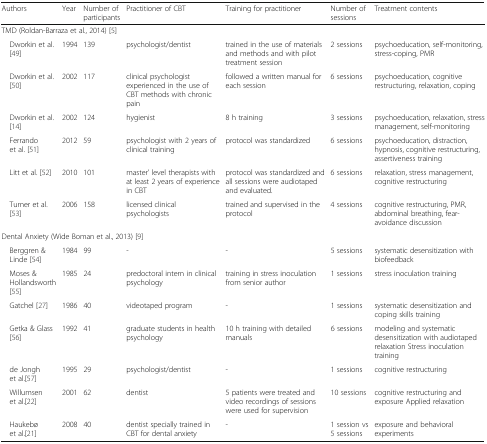
<table><thead><tr><td><b>Authors</b></td><td><b>Year</b></td><td><b>Number of participants</b></td><td><b>Practitioner of CBT</b></td><td><b>Training for practitioner</b></td><td><b>Number of sessions</b></td><td><b>Treatment contents</b></td></tr></thead><tbody><tr><td colspan="7">TMD (Roldan-Barraza et al., 2014) [5]</td></tr><tr><td> Dworkin et al. [49]</td><td>1994</td><td>139</td><td>psychologist/dentist</td><td>trained in the use of materials and methods and with pilot treatment session</td><td>2 sessions</td><td>psychoeducation, self-monitoring, stress-coping, PMR</td></tr><tr><td> Dworkin et al. [50]</td><td>2002</td><td>117</td><td>clinical psychologist experienced in the use of CBT methods with chronic pain</td><td>followed a written manual for each session</td><td>6 sessions</td><td>psychoeducation, cognitive restructuring, relaxation, coping</td></tr><tr><td> Dworkin et al. [14]</td><td>2002</td><td>124</td><td>hygienist</td><td>8 h training</td><td>3 sessions</td><td>psychoeducation, relaxation, stress management, self-monitoring</td></tr><tr><td> Ferrando et al. [51]</td><td>2012</td><td>59</td><td>psychologist with 2 years of clinical training</td><td>protocol was standardized</td><td>6 sessions</td><td>psychoeducation, distraction, hypnosis, cognitive restructuring, assertiveness training</td></tr><tr><td> Litt et al. [52]</td><td>2010</td><td>101</td><td>master’ level therapists with at least 2 years of experience in CBT</td><td>protocol was standardized and all sessions were audiotaped and evaluated.</td><td>6 sessions</td><td>relaxation, stress management, cognitive restructuring</td></tr><tr><td> Turner et al. [53]</td><td>2006</td><td>158</td><td>licensed clinical psychologists</td><td>trained and supervised in the protocol</td><td>4 sessions</td><td>cognitive restructuring, PMR, abdominal breathing, fear-avoidance discussion</td></tr><tr><td colspan="7">Dental Anxiety (Wide Boman et al., 2013) [9]</td></tr><tr><td> Berggren &amp; Linde [54]</td><td>1984</td><td>99</td><td>-</td><td>-</td><td>5 sessions</td><td>systematic desensitization with biofeedback</td></tr><tr><td> Moses &amp; Hollandsworth [55]</td><td>1985</td><td>24</td><td>predoctoral intern in clinical psychology</td><td>training in stress inoculation from senior author</td><td>1 sessions</td><td>stress inoculation training</td></tr><tr><td> Gatchel [27]</td><td>1986</td><td>40</td><td>videotaped program</td><td>-</td><td>1 sessions</td><td>systematic desensitization and coping skills training</td></tr><tr><td> Getka &amp; Glass [56]</td><td>1992</td><td>41</td><td>graduate students in health psychology</td><td>10 h training with detailed manuals</td><td>6 sessions</td><td>modeling and systematic desensitization with audiotaped relaxation Stress inoculation training</td></tr><tr><td> de Jongh et al.[57]</td><td>1995</td><td>29</td><td>psychologist/dentist</td><td>-</td><td>1 sessions</td><td>cognitive restructuring</td></tr><tr><td> Willumsen et al.[22]</td><td>2001</td><td>62</td><td>dentist</td><td>5 patients were treated and video recordings of sessions were used for supervision</td><td>10 sessions</td><td>cognitive restructuring and exposure Applied relaxation</td></tr><tr><td> Haukebø et al.[21]</td><td>2008</td><td>40</td><td>dentist specially trained in CBT for dental anxiety</td><td>-</td><td>1 session vs 5 sessions</td><td>exposure and behavioral experiments</td></tr></tbody></table>